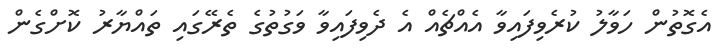
އެގޮތުން ހަވާލު ކުރެވިފައިވާ އެއްޗެއް އެ ދެވިފައިވާ ވަގުތުގެ ތެރޭގައި ތައްޔާރު ކޮށްގެން